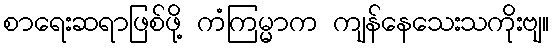
စာရေးဆရာဖြစ်ဖို့ ကံကြမ္မာက ကျန်နေသေးသကိုးဗျ။